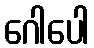
ဂေါပေါ